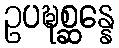
ဥပဍ္ဎစ္ဆန္နေ